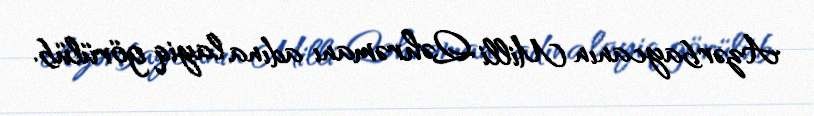
Azərbaycanın Milli Qəhrəmanı adına layiq görülüb.